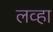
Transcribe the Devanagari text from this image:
लव्हा